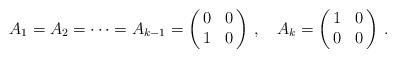
LaTeX: \begin{align*}A_{1} =A_{2}=\cdots =A_{k-1}= \left( \begin{array}{@{\,}cc@{\,}} 0 & 0 \\ 1 & 0 \end{array} \right)\,,\quad A_{k} =\left( \begin{array}{@{\,}cc@{\,}} 1 & 0 \\ 0 & 0 \end{array} \right)\,.\end{align*}